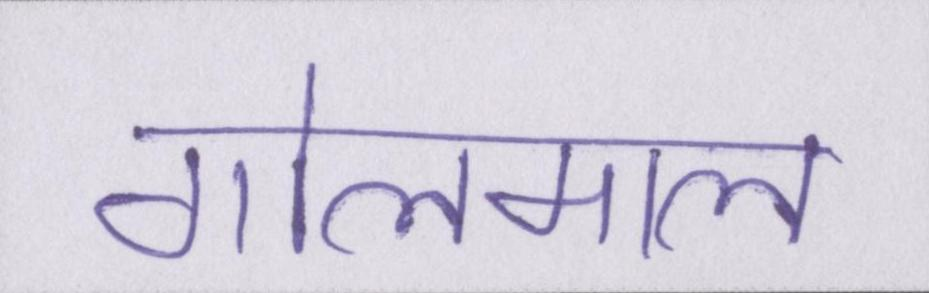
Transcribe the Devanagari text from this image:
गोलमाल